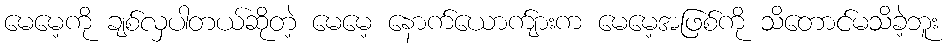
မေမေ့ကို ချစ်လှပါတယ်ဆိုတဲ့ မေမေ့ နောက်ယောက်ျားက မေမေ့အဖြစ်ကို သိတောင်မသိခဲ့ဘူး